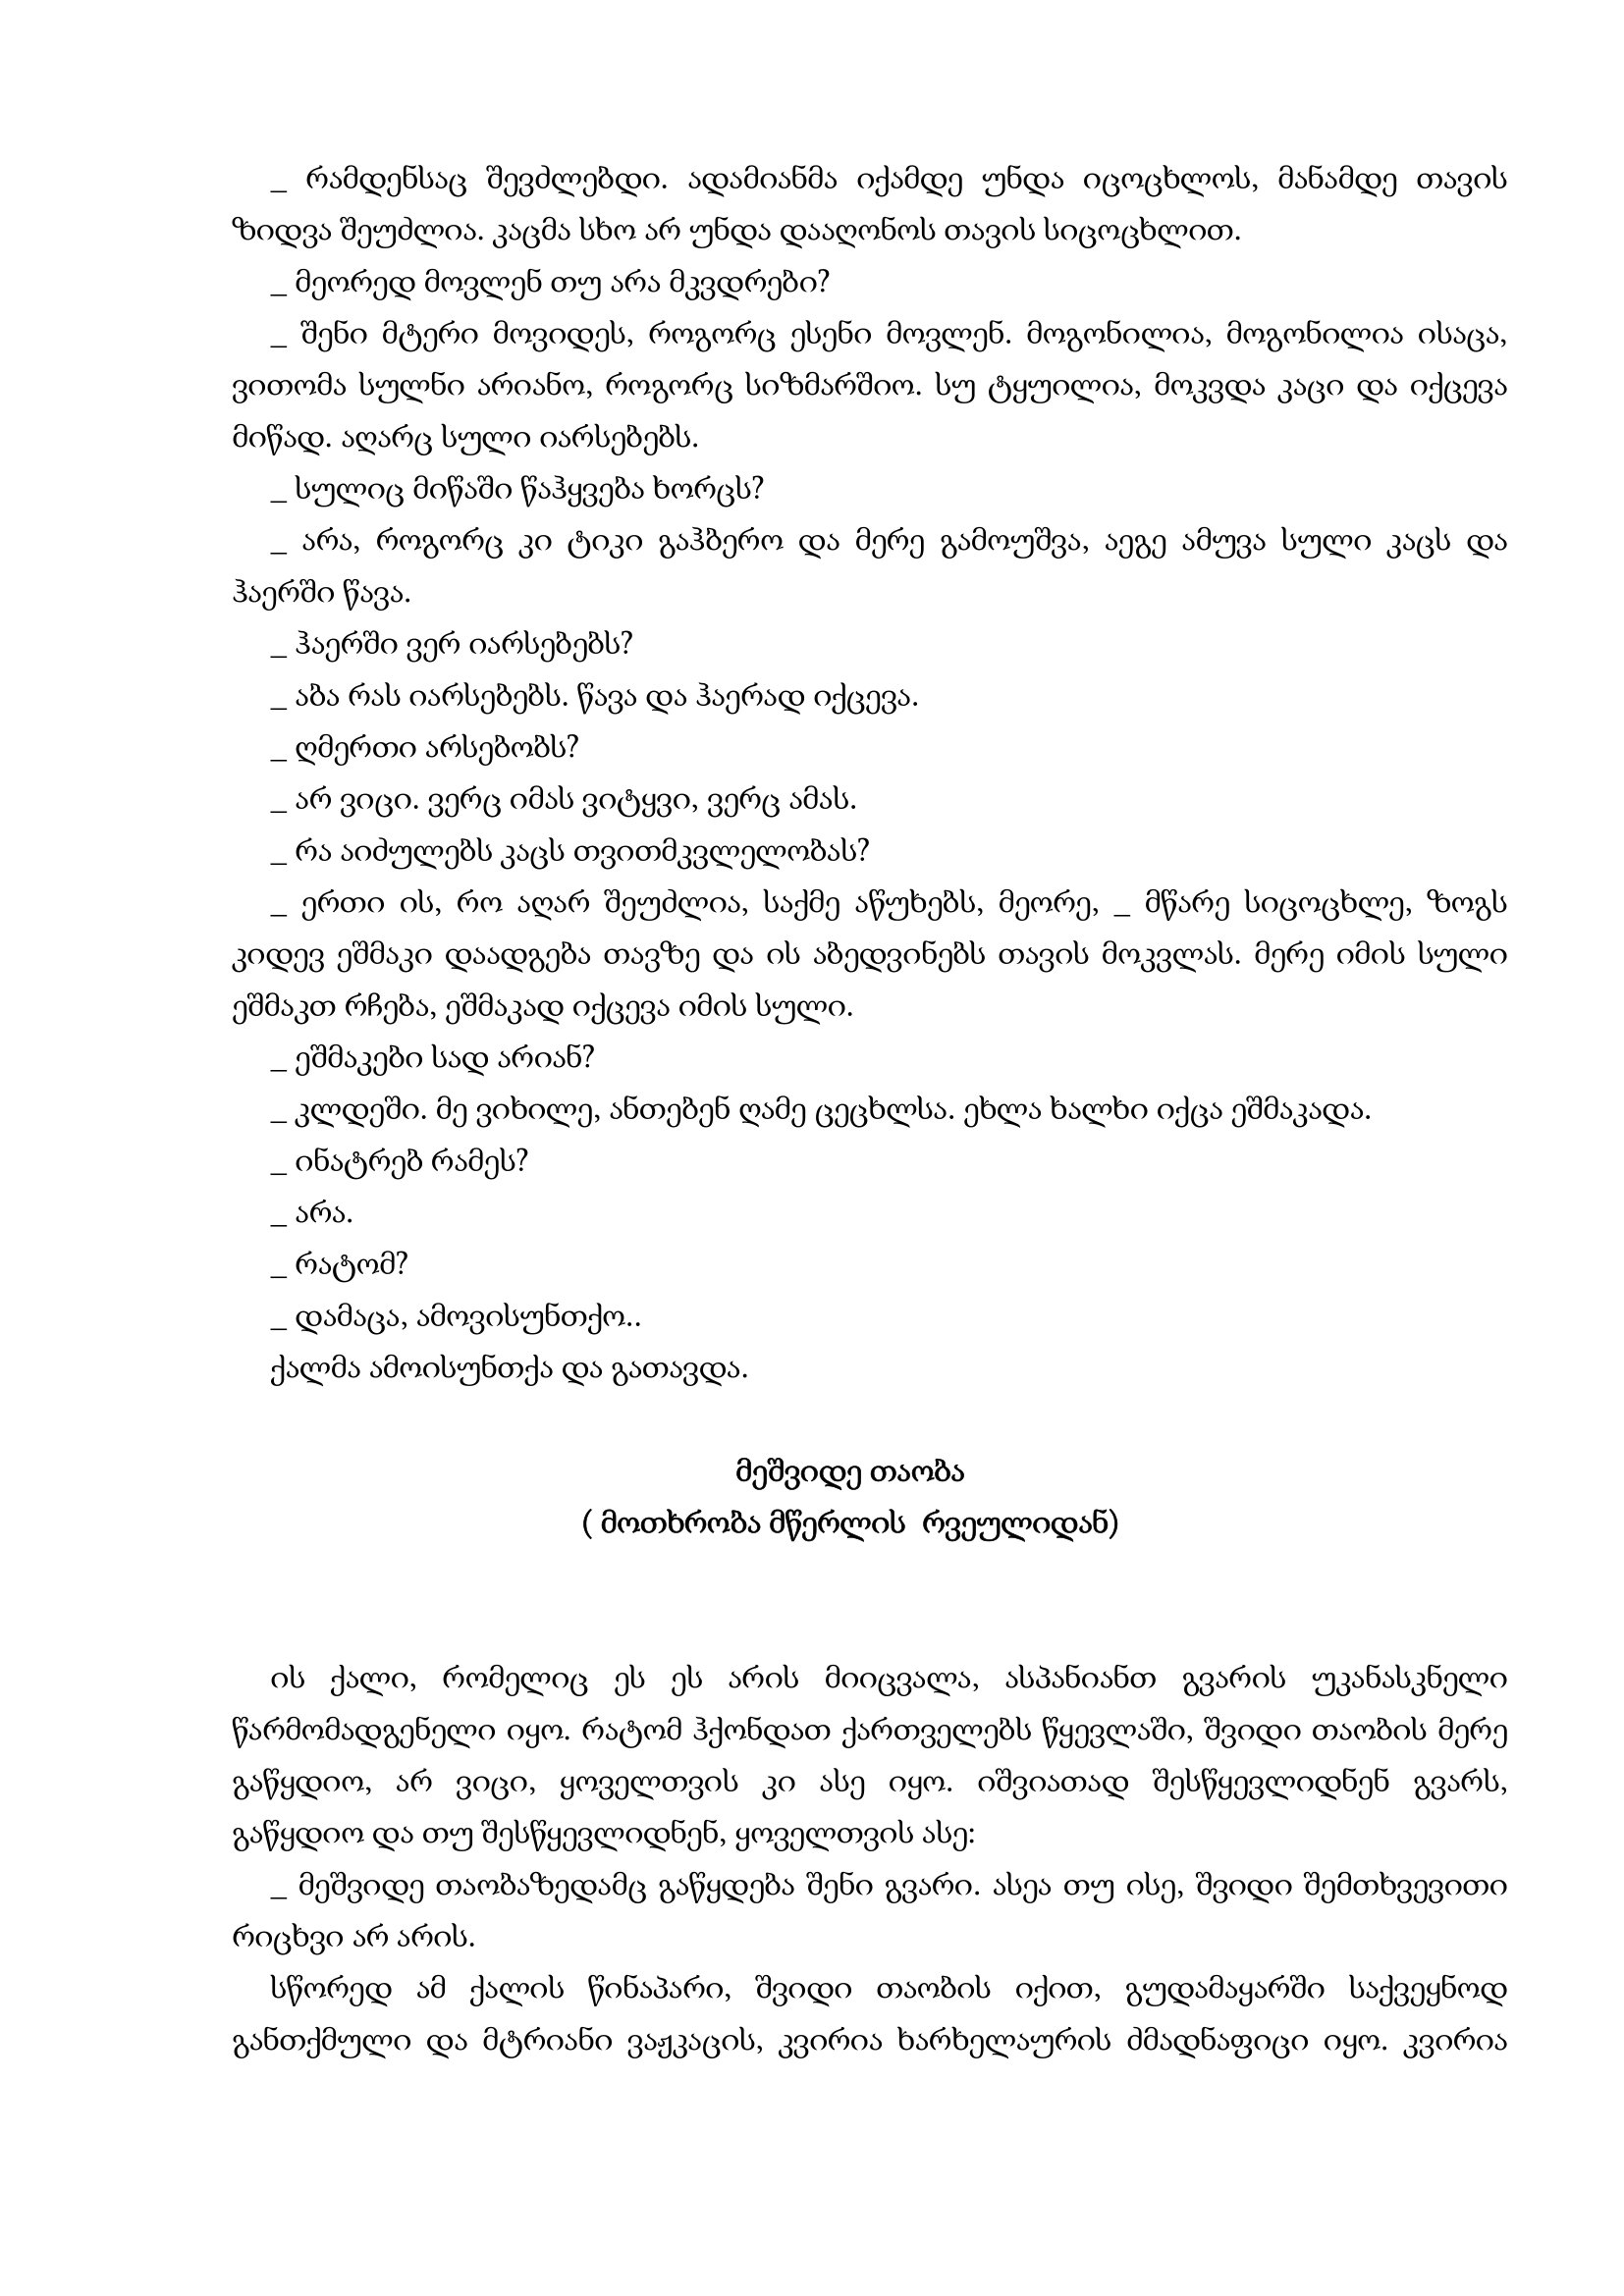
Language: gr